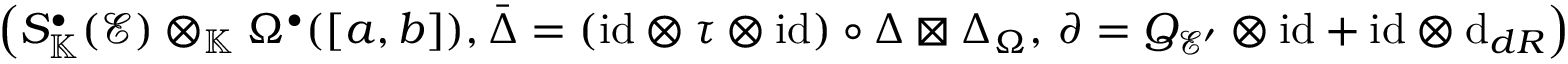
\left( S _ { \mathbb { K } } ^ { \bullet } ( \mathcal { E } ) \otimes _ { \mathbb { K } } \Omega ^ { \bullet } ( [ a , b ] ) , \bar { \Delta } = ( \mathrm { i d } \otimes \tau \otimes \mathrm { i d } ) \circ \Delta \boxtimes \Delta _ { \Omega } , \, \partial = Q _ { \mathcal { E } ^ { \prime } } \otimes \mathrm { i d } + \mathrm { i d } \otimes \mathrm { d } _ { { d R } } \right)